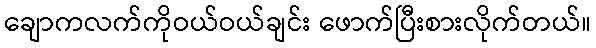
ချောကလက်ကိုဝယ်ဝယ်ချင်း ဖောက်ပြီးစားလိုက်တယ်။